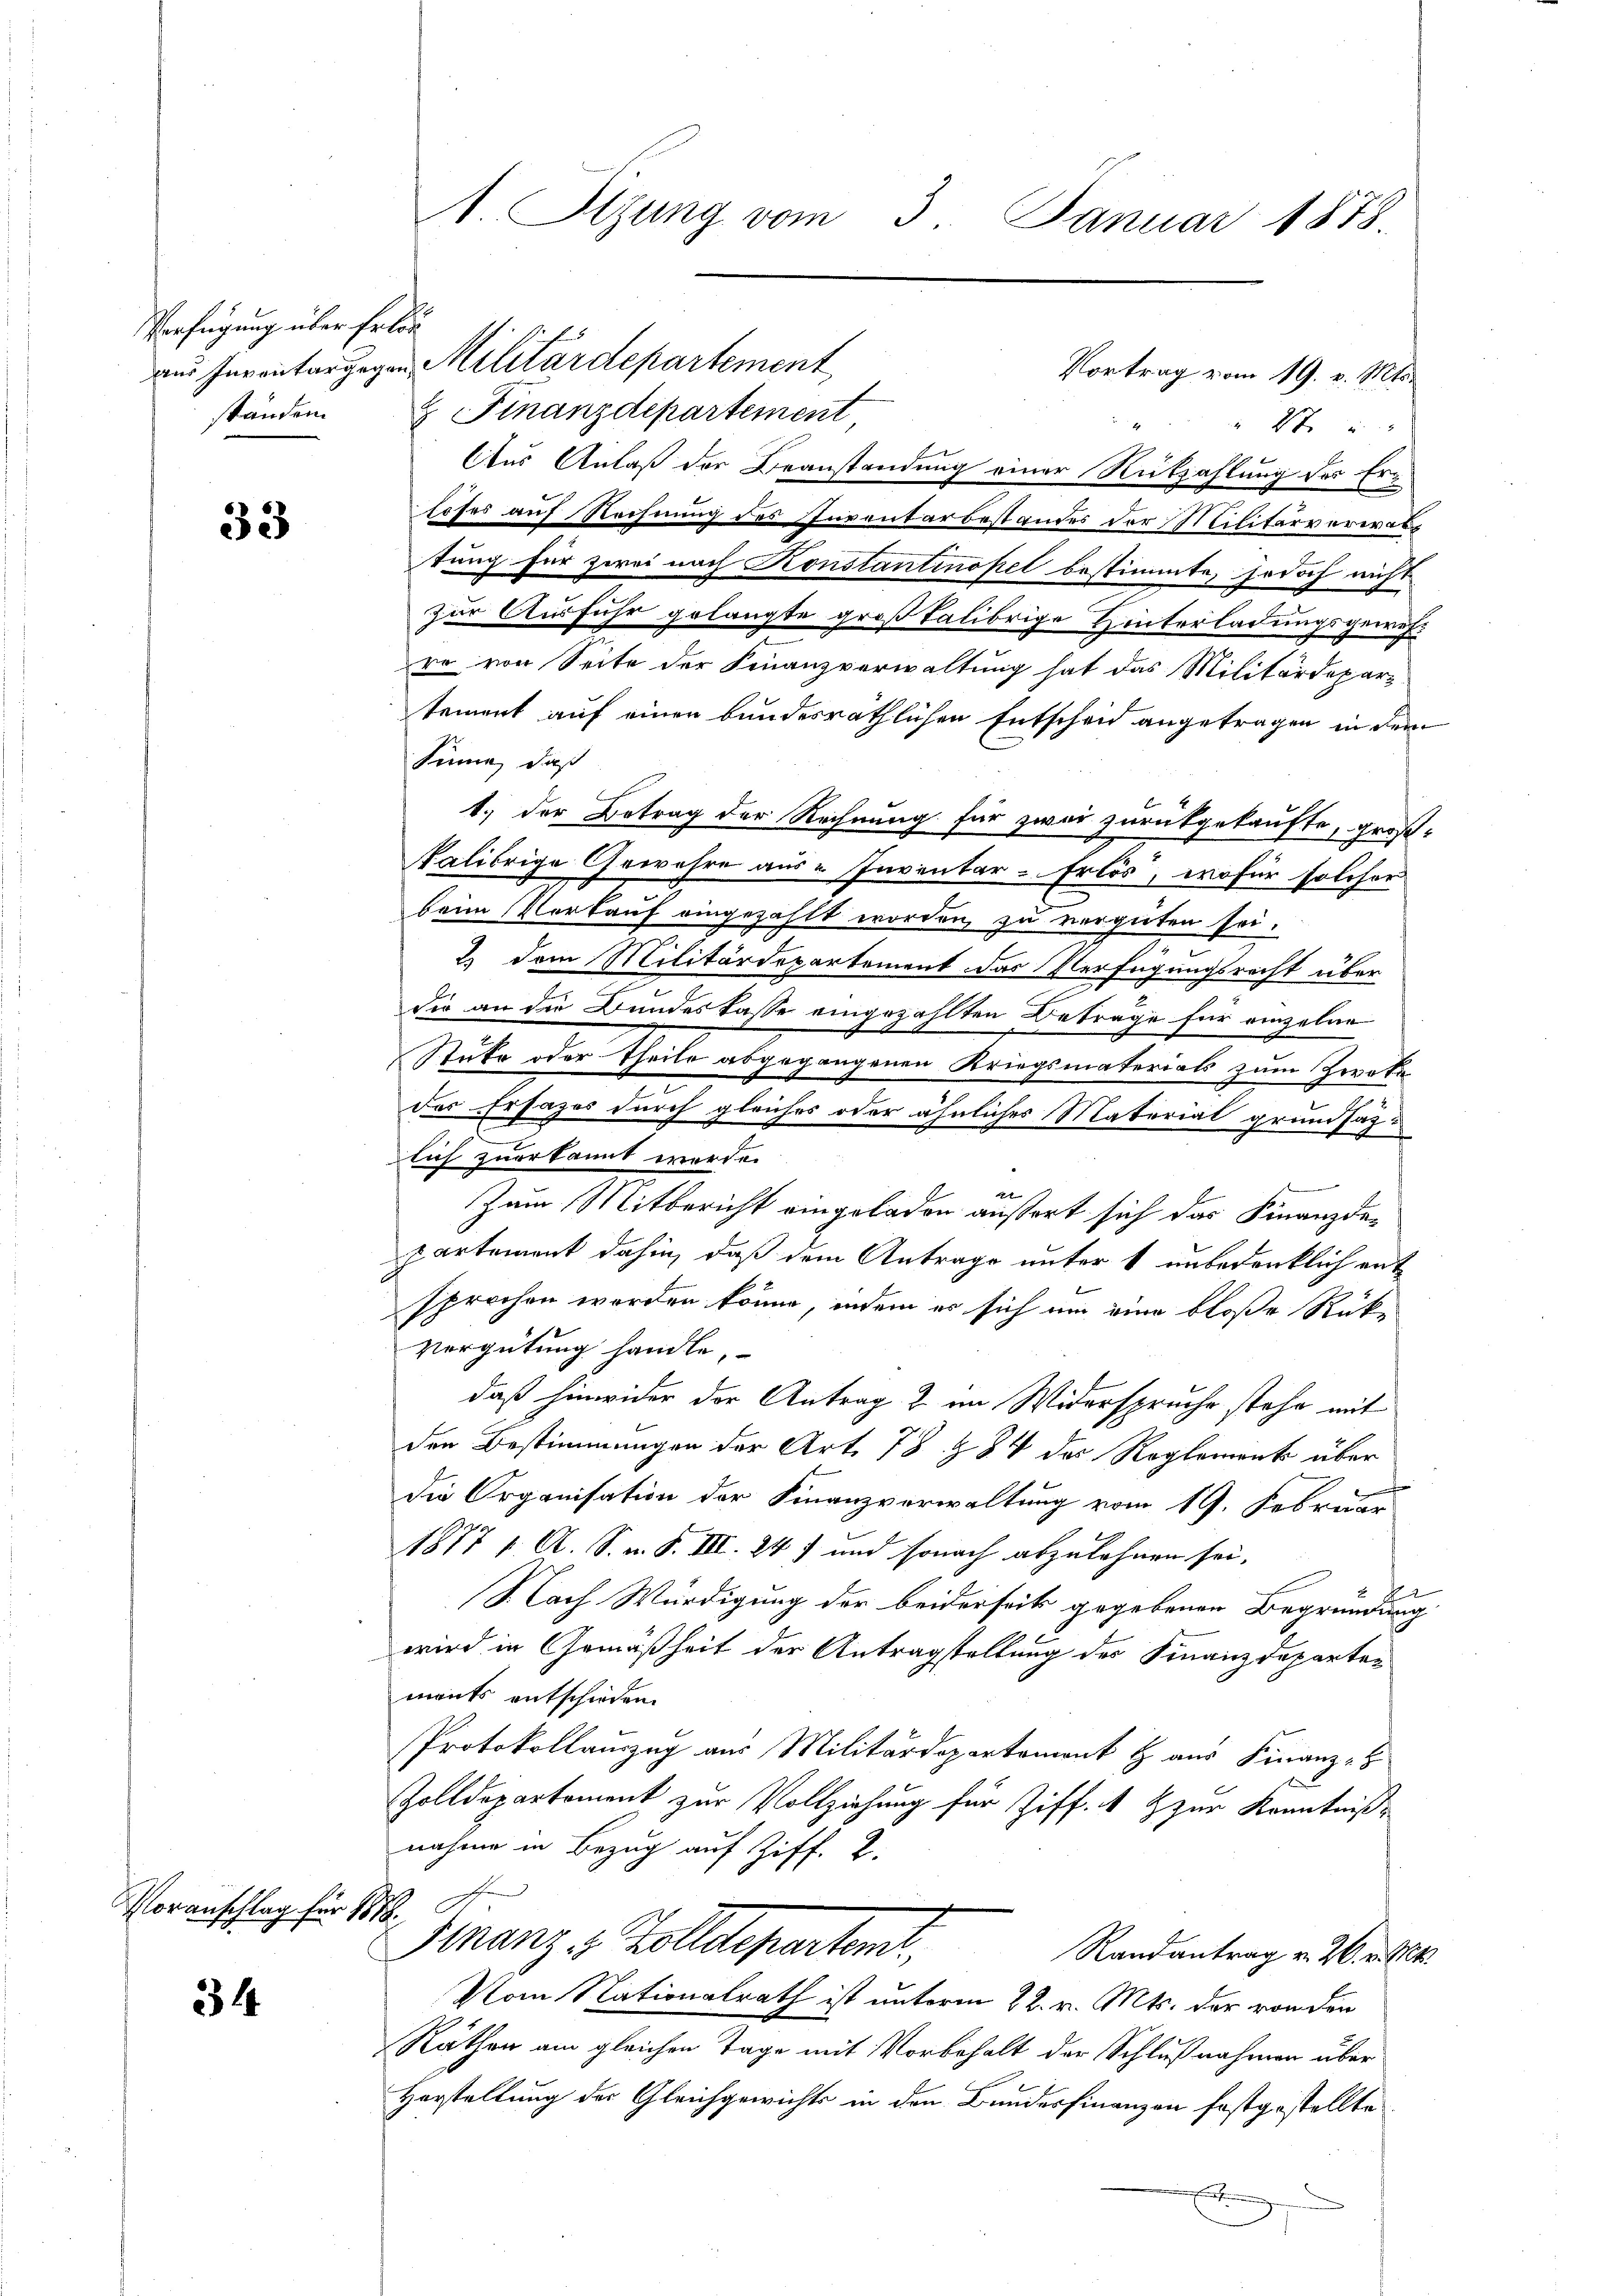
Verfügung über Erled

33

Voranschlag für 1878.

34

A Sizung vom 3. Januar 1878

aus Inventargegen Militärdepartement
ständen. Finanzdepartement
" 27
Aus Anlaß der Beanstandung einer Rützahlung des Er-
löses auf Rechnung des Inventarbestandes der Militärverwartung für zwei nach Konstantinopel bestimmte, jedoch nicht
zur Ausfuhr gelangte großkalibrige Hinterladungsgewehro von Seite der Finanzverwaltung hat das Militärdepar-
tement auf einen bundesräthlichen Entscheid angetragen in dem
Sinne, daß
1.) der Betrag der Rechnung für zwar zurückgekaufte, großkalibrige Gewehre aus „ Inventar - Erlös, wofür solcher
beim Vorkauf eingezahlt worden zu vergüten sei.
2.) Dem Militärdepartement das Verfügungsrecht über
Sie an die Bundes lasse eingezählten Beträge für einzelne
x
Stufe oder Theile abgegangenen Kriegsmaterials zum Zerota
des Ersazes durch gleiches oder ähnliches Material grundsazlich zuerkannt werde.
.
e
Zum Mitbericht eingeladen äussert sich das Finanzde-
partement dahin, daß dem Antrage unter 1 unbedenklich ant
sprochen worden könne, indem es sich um eine bloße Rükvergütung handle,
daß hinwider der Antrag & im Widerspruche stehe mit
den Bestimmungen der Art. 78 § 84 des Reglement über
die Organisation der Finanzverwaltung vom 19. Februar
1877 p. A. S. v. S. III 24) und sonach abzulehnen sei.
S. Nach Würdigung der beiderseits gegebenen Begründung
wird in Gemäßheit der Antragstellung der Finanzdeparten
mants entschieden.
Protokollauszug aus Militärdepartement & aus Finanz-
Zolldepartement zur Vollziehung für Ziff. 1 & zur Kenntniß
nahme in Bezug auf Ziff. 2.
Finanze Zolldepartemt
Randantrag v. 26. v. Mt.
Vom Nationalrath ist unterm 22. v. Mts. der von den
Räthen am gleichen Tage mit Vorbehalt der Schlußnahmen über
Herstellung der Gleichgewichts in den Bundesfinanzen festgestellte
d

Vortrag vom 19. v. Mts.